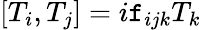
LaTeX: \left[T_{i},T_{j}\right]=i\mathtt{f}_{ijk}T_{k}